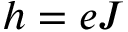
h = e J